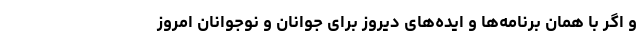
و اگر با همان برنامه‌ها و ایده‌های دیروز برای جوانان و نوجوانان امروز